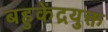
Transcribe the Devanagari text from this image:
बहुकेंद्रयुक्त